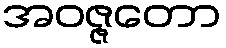
အဝဇ္ဇတော